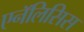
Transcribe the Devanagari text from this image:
एनॅलिसिस